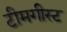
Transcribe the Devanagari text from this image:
टीमगीस्ट